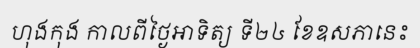
ហុងកុង កាលពីថ្ងៃអាទិត្យ ទី២៤ ខែឧសភានេះ